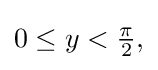
{\textstyle 0\leq y<{\frac {\pi }{2}},}